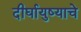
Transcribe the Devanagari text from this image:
दीर्घायुष्याचे